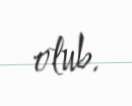
olub.